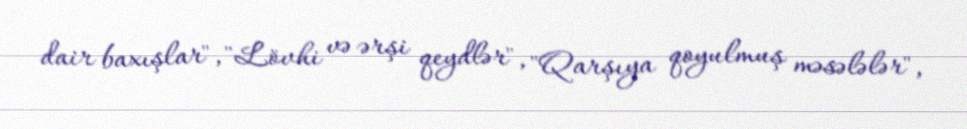
dair baxışlar", "Lövhi və ərşi qeydlər", "Qarşıya qoyulmuş məsələlər",